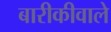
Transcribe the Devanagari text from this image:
बारीकीवाले